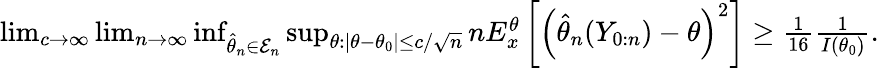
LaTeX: \begin{array}{r}{\operatorname*{lim}_{c\rightarrow\infty}\operatorname*{lim}_{n\rightarrow\infty}\operatorname*{inf}_{\hat{\theta}_{n}\in\mathcal{E}_{n}}\operatorname*{sup}_{\theta:\vert\theta-\theta_{0}\vert\leq c/\sqrt{n}}nE_{x}^{\theta}\left[\left(\hat{\theta}_{n}(Y_{0:n})-\theta\right)^{2}\right]\geq\frac{1}{16}\frac{1}{I(\theta_{0})}.}\end{array}